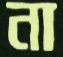
না